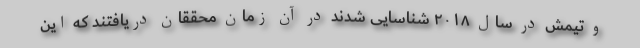
و تیمش در سال ۲۰۱۸ شناسایی شدند در آن زمان محققان دریافتند که این